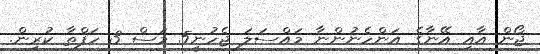
ޖޯން އާއި އޭނާގެ އަންހެނުންނާ މައްސަލަ ޖެހުނީ5 މަސް 3 ހަފްތާ ކުރިން.